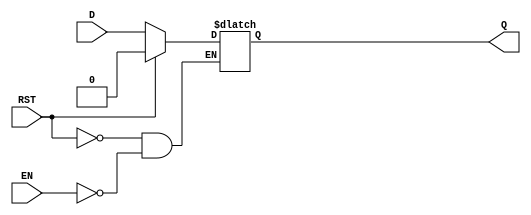
module async_register (
    input wire D,      // Data Input
    input wire EN,     // Enable Signal
    input wire RST,    // Asynchronous Reset
    output reg Q       // Data Output
);

    // Always block triggered by changes in D, EN, or RST
    always @* begin
        if (RST) begin
            Q <= 1'b0;   // Set output Q to 0 upon reset
        end else if (EN) begin
            Q <= D;      // Update output Q with input D when enabled
        end
        // If RST is not asserted and EN is not asserted, Q retains its value
    end

endmodule